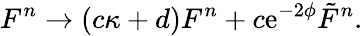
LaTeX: F^{n}\rightarrow(c\kappa+d)F^{n}+c\mathrm{e}^{-2\phi}{\tilde{F}}^{n}.